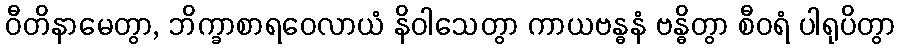
ဝီတိနာမေတွာ, ဘိက္ခာစာရဝေလာယံ နိဝါသေတွာ ကာယဗန္ဓနံ ဗန္ဓိတွာ စီဝရံ ပါရုပိတွာ